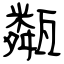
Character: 甐